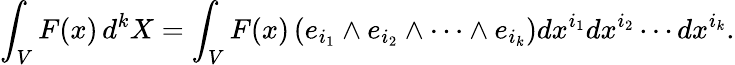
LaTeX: \int_{V}F(x)\, d^{k}X=\int_{V}F(x)\left(e_{i_{1}}\wedge e_{i_{2}}\wedge\cdots\wedge e_{i_{k}}\right)dx^{i_{1}}dx^{i_{2}}\cdots dx^{i_{k}}.